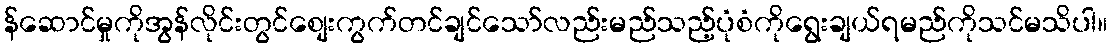
န်ဆောင်မှုကိုအွန်လိုင်းတွင်စျေးကွက်တင်ချင်သော်လည်းမည်သည့်ပုံစံကိုရွေးချယ်ရမည်ကိုသင်မသိပါ။